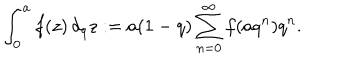
\int _ { 0 } ^ { a } f ( z ) \, d _ { q } z : = a ( 1 - q ) \sum _ { n = 0 } ^ { \infty } f ( a q ^ { n } ) q ^ { n } .